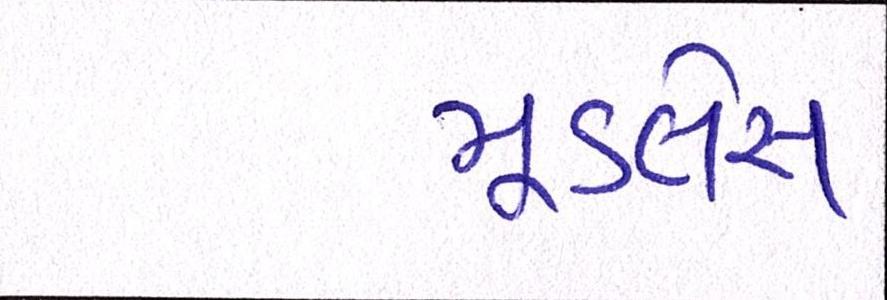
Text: મૂડલેસ